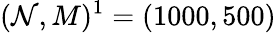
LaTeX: (\mathcal{N},M)^{1}=(1000,500)